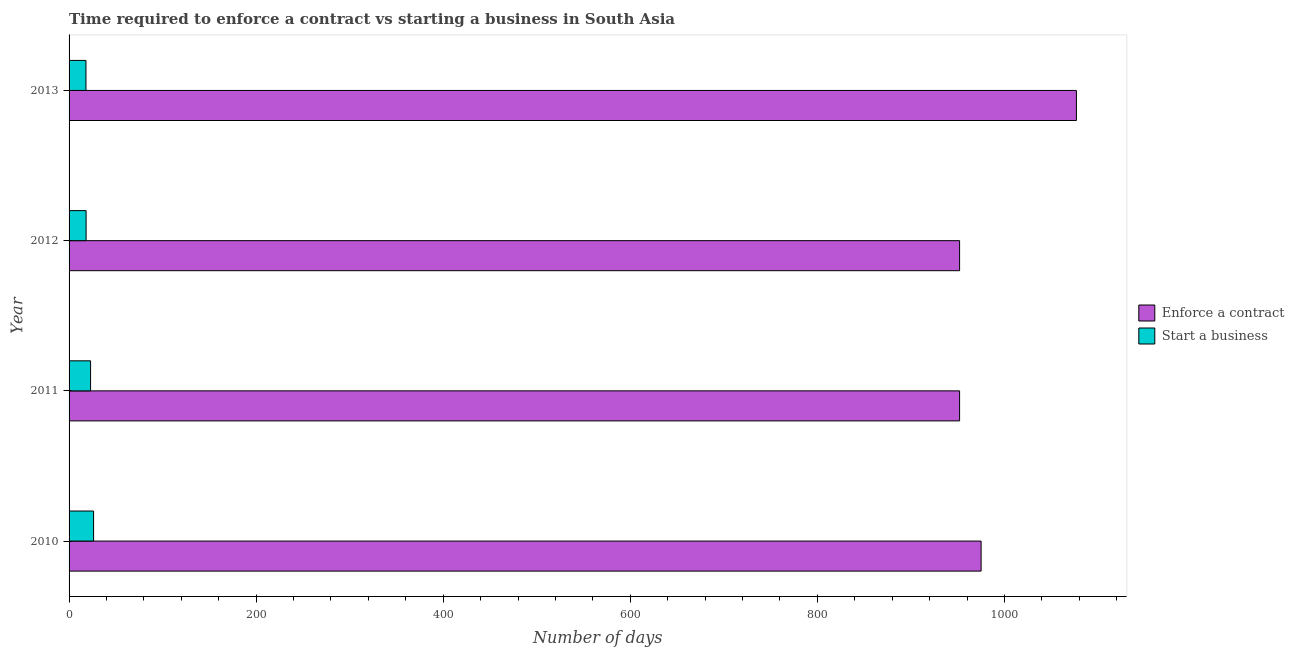
| Year | Enforce a contract | Start a business |
 | --- | --- | --- |
 | 2010 | 975 | 26.2 |
 | 2011 | 952 | 23 |
 | 2012 | 952 | 18.2 |
 | 2013 | 1.08e+03 | 18.1 |